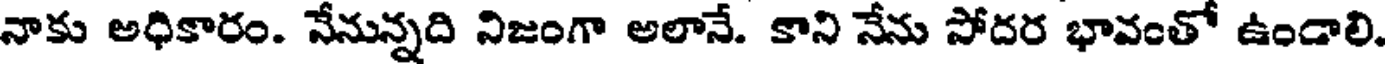
నాకు అధికారం. నేనున్నది నిజంగా అలానే. కాని నేను సోదర భావంతో ఉండాలి.